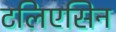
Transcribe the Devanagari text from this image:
टलिएसिन